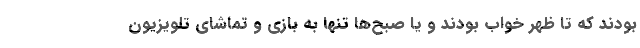
بودند که تا ظهر خواب بودند و یا صبح‌ها تنها به بازی و تماشای تلویزیون